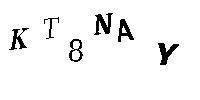
KT8NAY